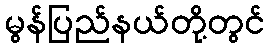
မွန်ပြည်နယ်တို့တွင်